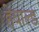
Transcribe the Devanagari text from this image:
हेबाल्ड